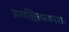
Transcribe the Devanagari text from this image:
प्रायश्चित्तप्रकाशः